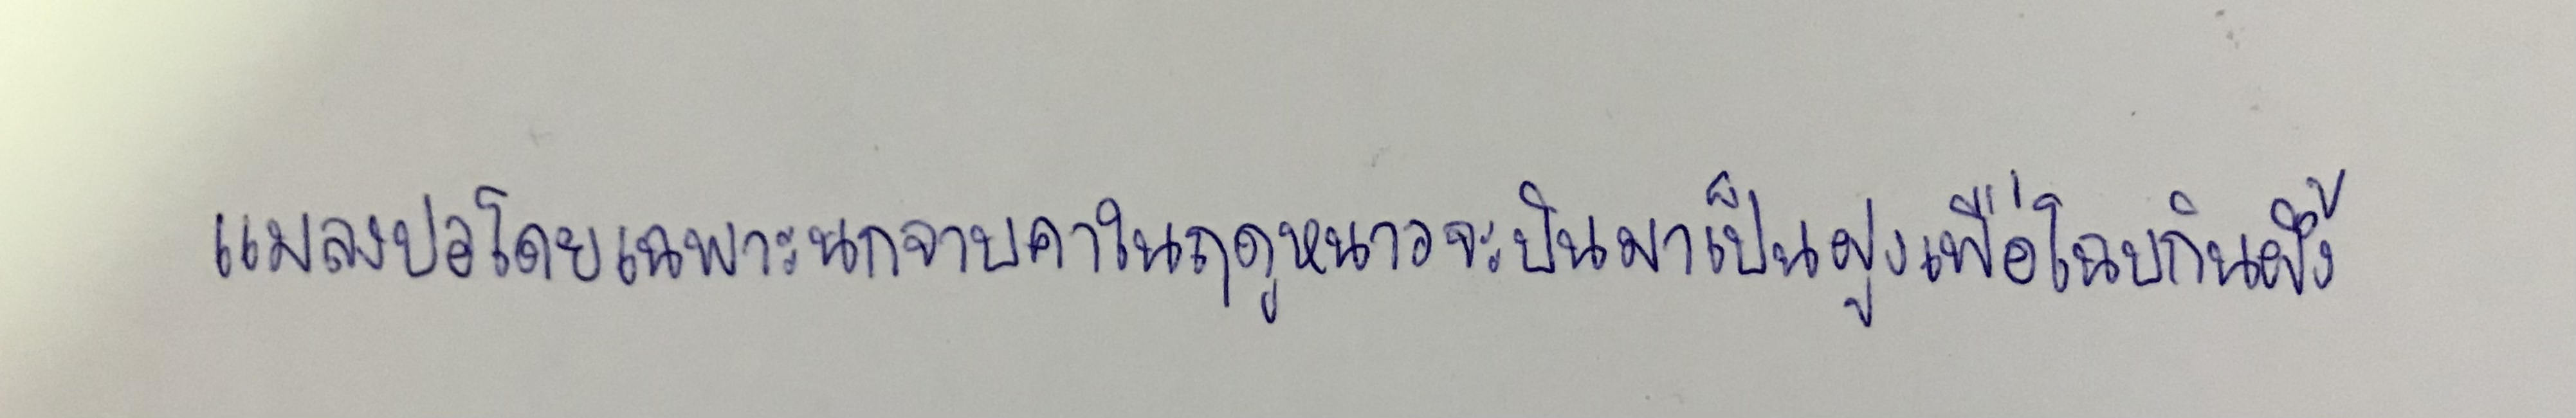
แมลงปอโดยเฉพาะนกจาบคาในฤดูหนาวจะบินมาเป็นฝูงเพื่อโฉบกินผึ้ง